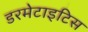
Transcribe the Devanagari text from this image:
डरमेटाइटिस